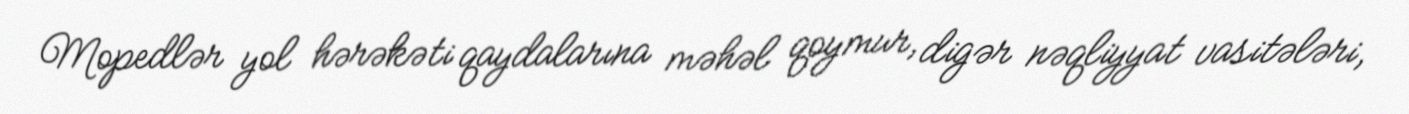
Mopedlər yol hərəkəti qaydalarına məhəl qoymur, digər nəqliyyat vasitələri,